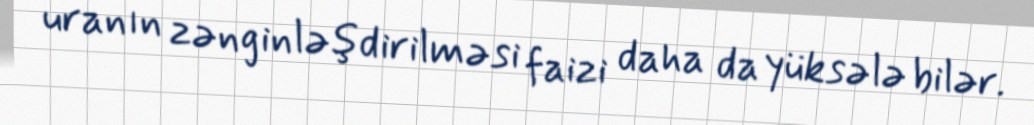
uranın zənginləşdirilməsi faizi daha da yüksələ bilər.